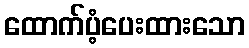
ထောက်ပံ့ပေးထားသော